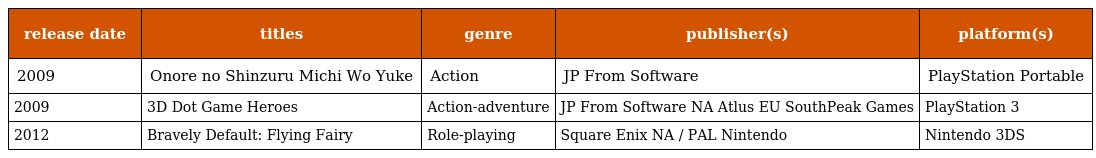
| release date | titles | genre | publisher(s) | platform(s) |
 | --- | --- | --- | --- | --- |
 | 2009 | Onore no Shinzuru Michi Wo Yuke | Action | JP From Software | PlayStation Portable |
 | 2009 | 3D Dot Game Heroes | Action-adventure | JP From Software NA Atlus EU SouthPeak Games | PlayStation 3 |
 | 2012 | Bravely Default: Flying Fairy | Role-playing | Square Enix NA / PAL Nintendo | Nintendo 3DS |